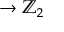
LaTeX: \to \mathbb { Z } _ { 2 }